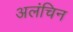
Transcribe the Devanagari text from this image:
अलंचिन